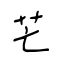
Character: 芒